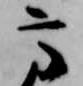
高